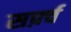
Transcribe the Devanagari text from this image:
सर्फ़्व